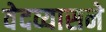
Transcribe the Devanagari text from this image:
वेदव्यासने